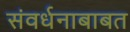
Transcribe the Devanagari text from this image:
संवर्धनाबाबत